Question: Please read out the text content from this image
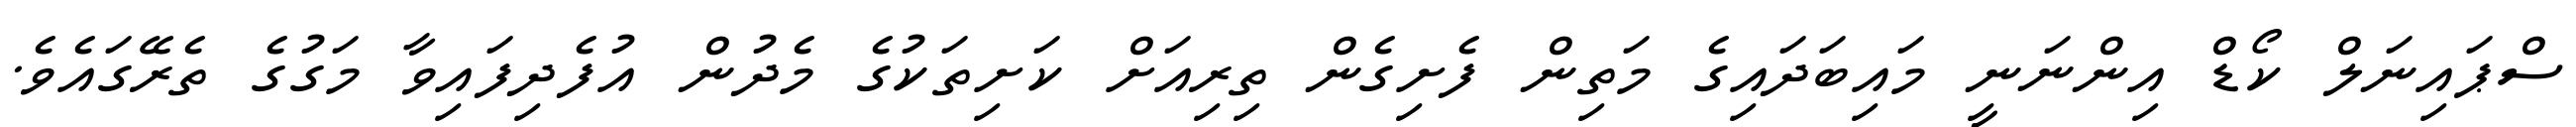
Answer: ސްޕައިނަލް ކޯޑް އިންނަނީ މައިބަދައިގެ މަތިން ފެށިގެން ތިރިއަށް ކަށިތަކުގެ މެދުން އުފެދިފައިވާ މަގުގެ ތެރޭގައެވެ.